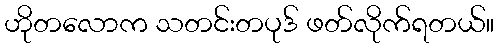
ဟိုတလောက သတင်းတပုဒ် ဖတ်လိုက်ရတယ်။